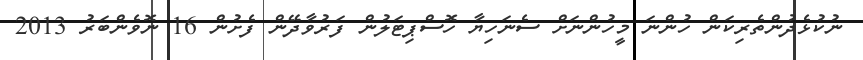
ނުކުޅެދުންތެރިކަން ހުންނަ މީހުންނަށް ސެނަހިޔާ ހޮސްޕިޓަލުން ފަރުވާދޭން ފެށުން 16 ނޮވެންބަރު 2013